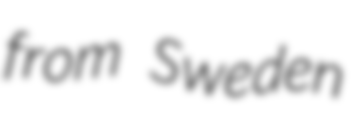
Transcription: from Sweden